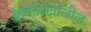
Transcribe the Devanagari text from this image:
केवळखालील